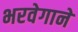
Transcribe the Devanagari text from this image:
भरवेगाने